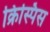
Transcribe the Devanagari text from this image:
क्रिस्पिस